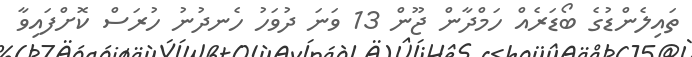
ތައިލެންޑުގެ ބޯޑަރެއް ހަމްދާން ޖޫން 13 ވަނަ ދުވަހު ހެނދުނު ހުރަސް ކޮށްފައިވާ